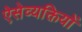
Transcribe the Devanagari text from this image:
ऐसेव्यक्तियों